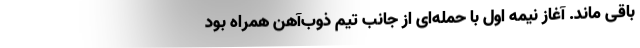
باقی ماند. آغاز نیمه اول با حمله‌ای از جانب تیم ذوب‌آهن همراه بود